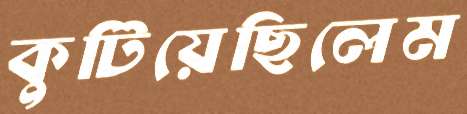
কুটিয়েছিলেম